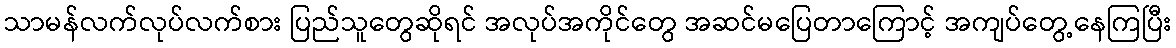
သာမန်လက်လုပ်လက်စား ပြည်သူတွေဆိုရင် အလုပ်အကိုင်တွေ အဆင်မပြေတာကြောင့် အကျပ်တွေ့နေကြပြီး